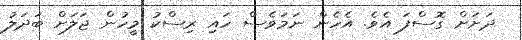
ދަށަށް ގޮސްފަ އެވެެ. އެހެން ނަމަވެސް ހައި ރިސްކު މީހުން ޖަލަށް ބަދަލު